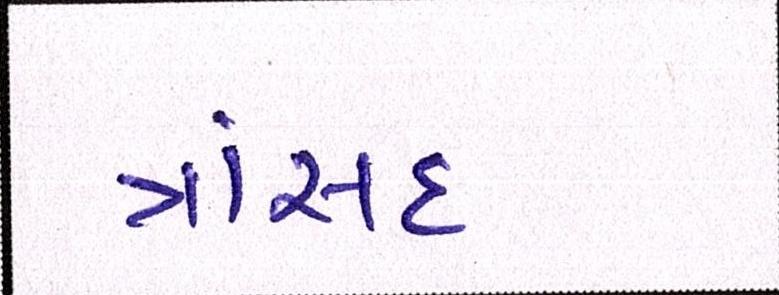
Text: ત્રાંસદ